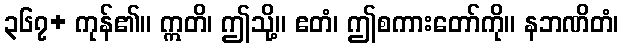
၃၆၇+ ကုန်၏။ ဣတိ၊ ဤသို့။ ဧတံ၊ ဤစကားတော်ကို။ နဘဏိတံ၊